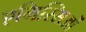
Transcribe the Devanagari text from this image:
एमिस्सिओं